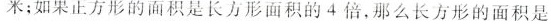
米；如果正方形的面积是长方形面积的4倍，那么长方形的面积是